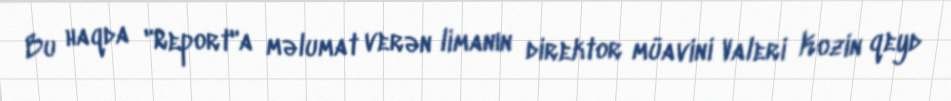
Bu haqda "Report"a məlumat verən limanın direktor müavini Valeri Kozin qeyd